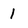
Character: 1